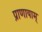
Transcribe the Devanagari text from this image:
प्राणायाम्